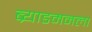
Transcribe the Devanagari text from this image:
ब्र्याडमनला